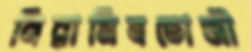
নিরামিষভোজী